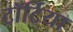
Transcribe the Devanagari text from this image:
टॉर्टिया